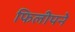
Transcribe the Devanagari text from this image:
फिलीपने